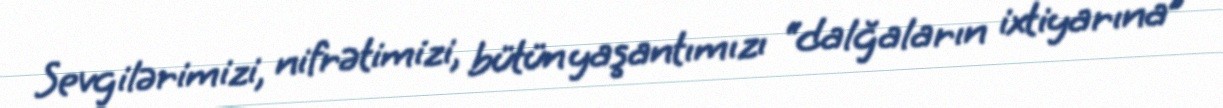
Sevgilərimizi, nifrətimizi, bütün yaşantımızı “dalğaların ixtiyarına”